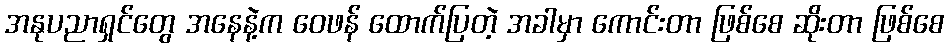
အနုပညာရှင်တွေ အနေနဲ့က ဝေဖန် ထောက်ပြတဲ့ အခါမှာ ကောင်းတာ ဖြစ်စေ ဆိုးတာ ဖြစ်စေ